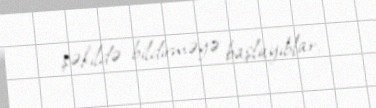
şəkildə bildirməyə başlayıblar.